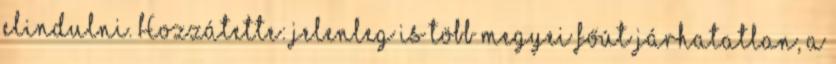
elindulni. Hozzátette: jelenleg is több megyei főút járhatatlan, a